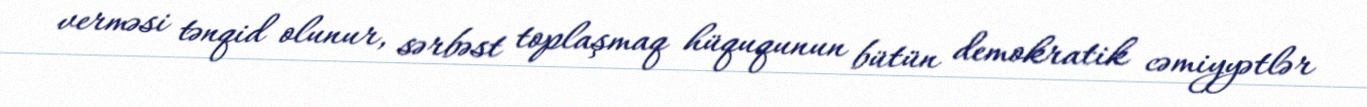
verməsi tənqid olunur, sərbəst toplaşmaq hüququnun bütün demokratik cəmiyyətlər